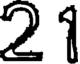
21